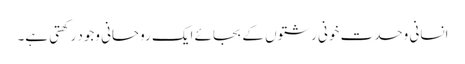
انسانی وحدت خونی رشتوں کے بجائے ایک روحانی وجود رکھتی ہے۔